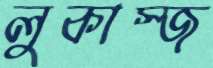
লুকাস্জ